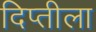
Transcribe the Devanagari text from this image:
दिप्तीला